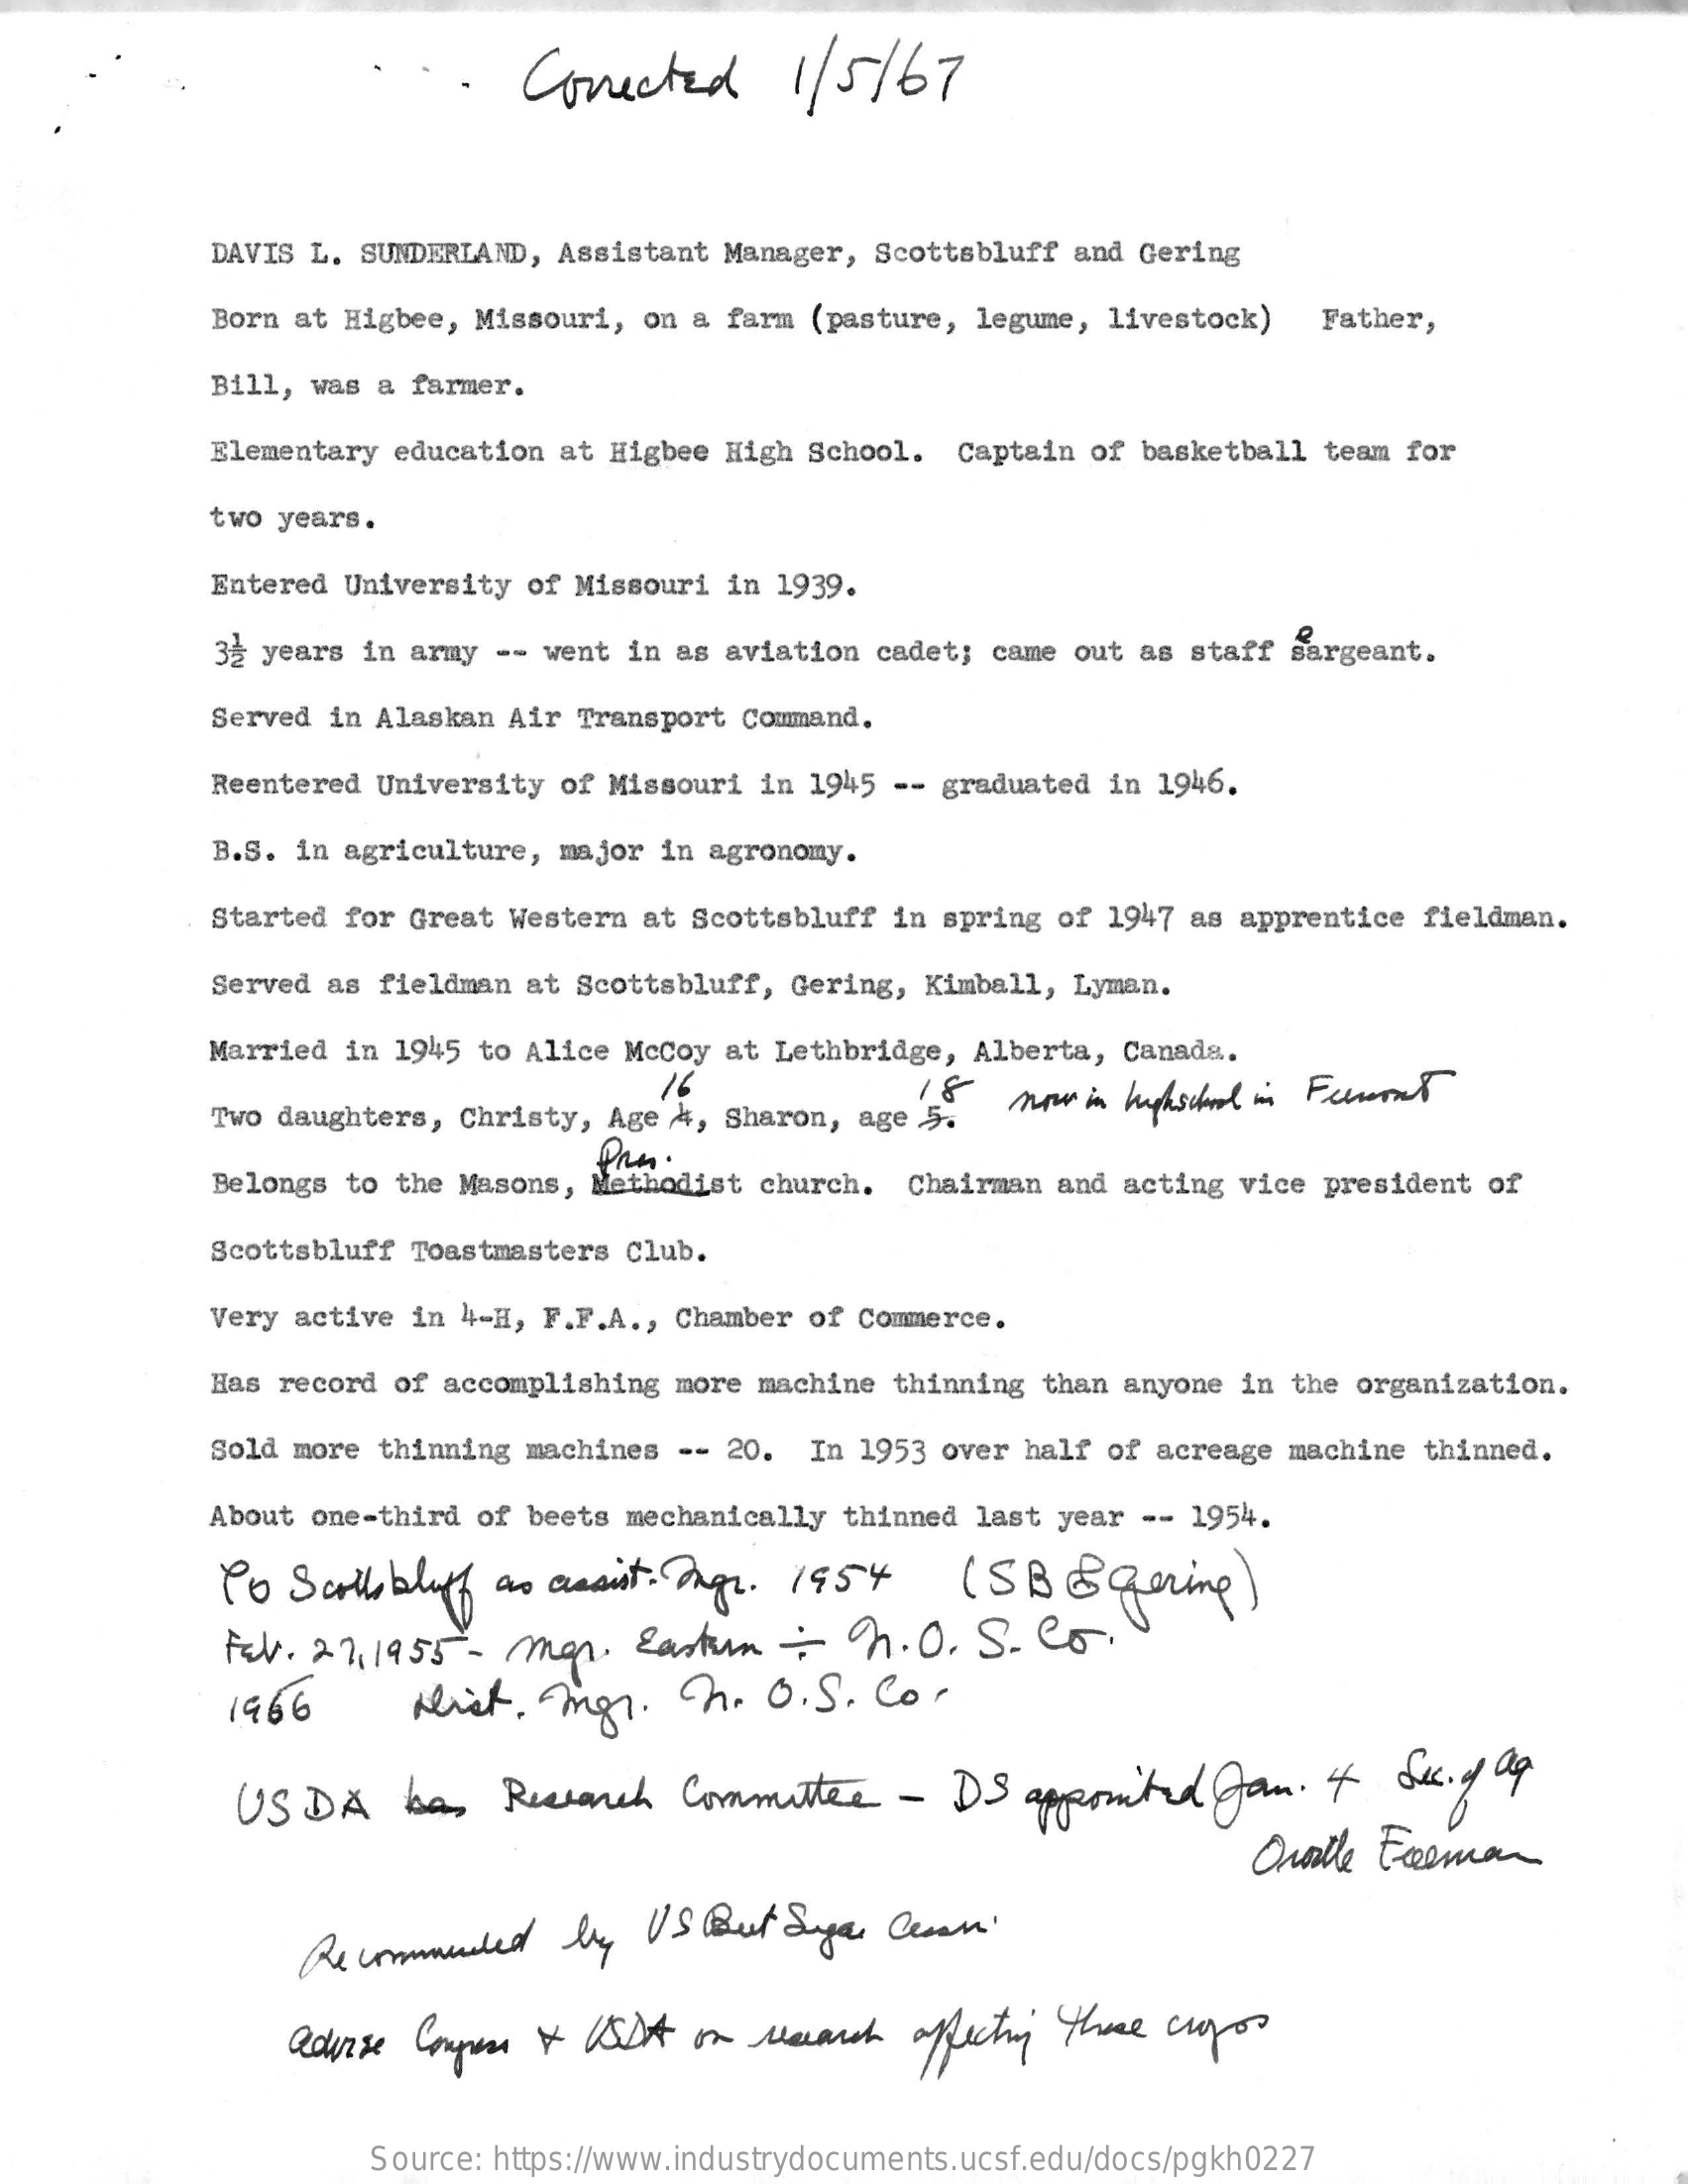
Conected    1 / 5/67
     DAVIS L. SUNDERLAND, Assistant Manager, Scottsbluff and Gering
     Born at Higbee, Missouri, on a farm (pasture, legume, livestock) Father,
     Bill, was a farmer.
     Elementary education at Higbee High School. Captain of basketball team for
     two years.
     Entered University of Missouri in 1939.
     32 years in army -- went in as aviation cadet; came out as staff sargeant.
     Served in Alaskan Air Transport Command.
     Reentered University of Missouri in 1945 -- graduated in 1946.
     B.S. in agriculture, major in agronomy.
     Started for Great Western at Scottsbluff in spring of 1947 as apprentice fieldman.
     Served as fieldman at Scottsbluff, Gering, Kimball, Lyman.
     Married in 1945 to Alice McCoy at Lethbridge, Alberta, Canada.
     Two daughters, Christy, Age 4, Sharon, age 5.
     18   now in highschool in Feront
     Belongs to the Masons, Methodist church. Chairman and acting vice president of
     Pan .
     Scottsbluff Toastmasters Club.
     Very active in 4-H, F.F.A ., Chamber of Commerce.
     Has record of accomplishing more machine thinning than anyone in the organization.
     Sold more thinning machines -- 20. In 1953 over half of acreage machine thinned.
     About one-third of beets mechanically thinned last year -- 1954.
     Po Scottsbluff as assist. Agr. 1954   ( SB  @ gering )
     Fav. 27,1955 -  mgr. Eastum   ; R.  O. S. Co.
     1966    Hist.  mgr.   R.   O.S. Com
     US DA   han  Research Committee   - DS  apponited Jan.   4  Sec.o ap
     Oraalle Freeman
     Recommended  by  VS  But Sugar Cesan '
     advise Congress & USDA on research affecting these cuyos
     Source: https://www.industrydocuments.ucsf.edu/docs/pgkh0227